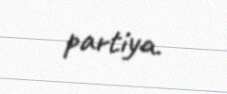
partiya.